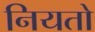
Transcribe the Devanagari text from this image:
नियतो